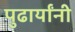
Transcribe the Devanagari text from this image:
पुढार्यांनी